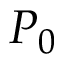
P _ { 0 }